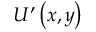
U ^ { \prime } \left( x , y \right)